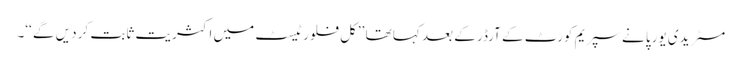
مسٹر یدی یورپا نے سپریم کورٹ کے آرڈر کے بعد کہا تھا ’’کل فلور ٹیسٹ میں اکثریت ثابت کر دیں گے ‘‘۔